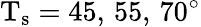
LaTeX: \mathrm{{T_{s}}=45,\, 55,\, 70^{\circ}}